Leaving Certificate Examination (including Day School Certificate (Higher) General paper), 1939
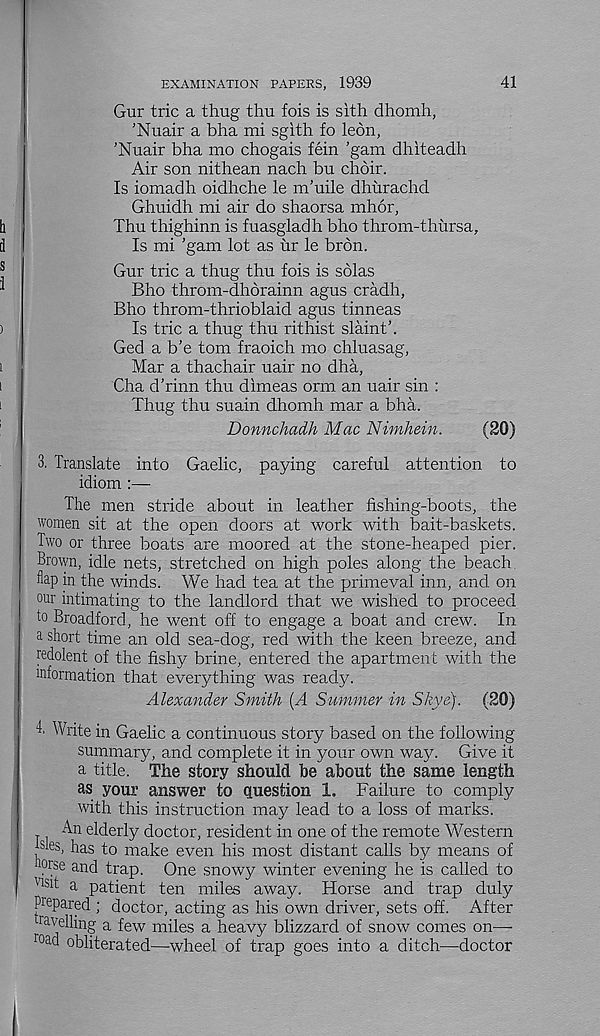
41
EXAMINATION PAPERS, 1939
Gur trie a thug thu fois is sith dhomh,
’Nuair a bha mi sgith fo leon,
’Nuair bha mo chogais fein ’gam dhiteadh
Air son nithean nach bu choir.
Is iomadh oidhche le m’uile dhurachd
Ghuidh mi air do shaorsa mhor,
Thu thighinn is fuasgladh bho throm-thursa.
Is mi ’gam lot as ur le bron.
Gur trie a thug thu fois is solas
Bho throm-dhorainn agus cradh,
Bho throm-thrioblaid agus tinneas
Is trie a thug thu rithist slaint’.
Ged a b’e tom fraoich mo chluasag,
Mar a thachair uair no dha,
Cha d’rinn thu dimeas orm an uair sin :
Thug thu suain dhomh mar a bha.
Donnchadh Mac Nimhein.
(20)
3. Translate into Gaelic, paying careful attention to
idiom :—
The men stride about in leather fishing-boots, the
women sit at the open doors at work with bait-baskets.
Two or three boats are moored at the stone-heaped pier.
Brown, idle nets, stretched on high poles along the beach
flap in the winds. We had tea at the primeval inn, and on
our intimating to the landlord that we wished to proceed
to Broadford, he went off to engage a boa.t and crew. In
a short time an old sea-dog, red with the keen breeze, and
redolent of the fishy brine, entered the apartment with the
information that everything was ready.
Alexander Smith {A Summer in Skye). (20)
T Write in Gaelic a continuous story based on the following
summary, and complete it in your own way. Give it
a title. The story should be about the same length
as your answer to question 1. Failure to comply
with this instruction may lead to a loss of marks.
An elderly doctor, resident in one of the remote Western
hies, has to make even his most distant calls by means of
10 rse and trap. One snowy winter evening he is called to
Vlsit a patient ten miles away. Horse and trap duly
Prepared ; doctor, acting as his own driver, sets off. After
ravelling a few miles a heavy blizzard of snow comes on'—■
r°a d obliterated—wheel of trap goes into a ditch—doctor